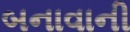
બનાવાની